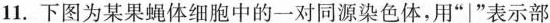
11.下图为某果蝇体细胞中的一对同源染色体，用”|”表示部